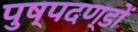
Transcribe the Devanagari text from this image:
पुष्पदण्डों